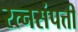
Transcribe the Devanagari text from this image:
रत्नसंपत्ती